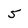
Character: 5